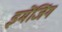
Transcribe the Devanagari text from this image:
इमेंजिंग